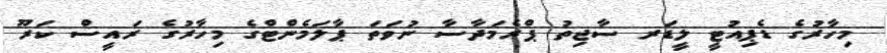
މިހާރުގެ ޑެޕިއުޓީ ލީޑަރ ސާޖިތު ޕްރެމަދާސާ ނުވަތަ ޕާލަމެންޓްގެ މިހާރުގެ ރައީސް ކަރޫ